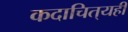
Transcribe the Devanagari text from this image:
कदाचित्‌यही